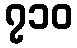
၇၁၀